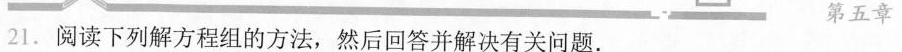
21.阅读下列解方程组的方法，然后回答并解决有关问题。